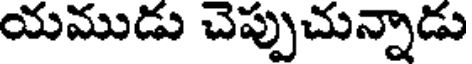
యముడు చెప్పుచున్నాడు